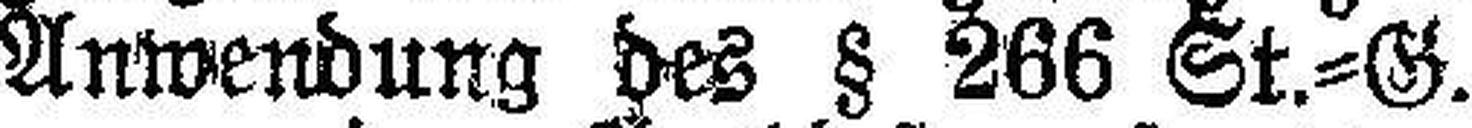
Anwendung des § 266 St.=G.